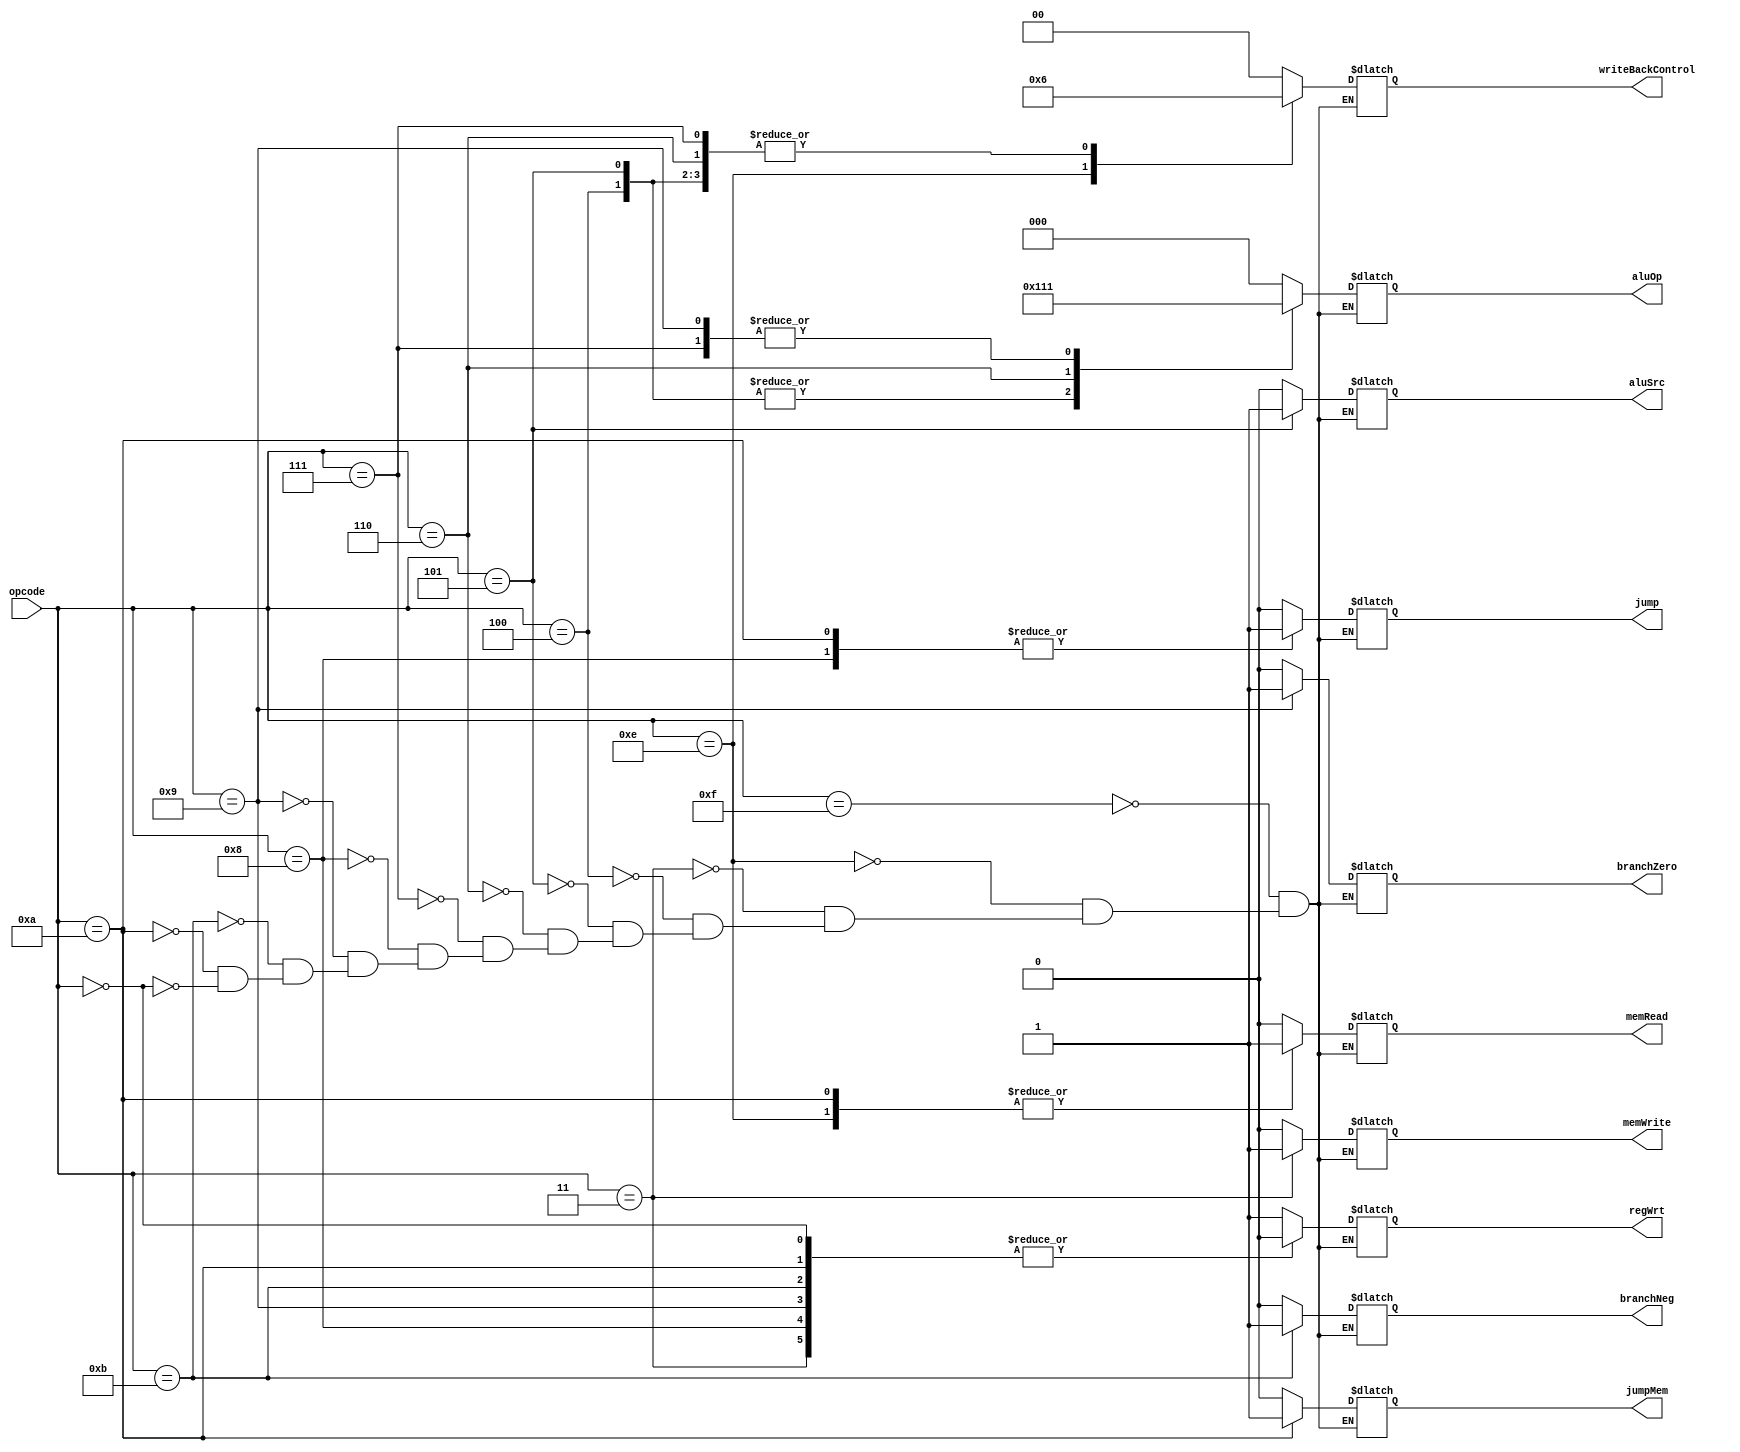
`timescale 1ns / 1ps
//////////////////////////////////////////////////////////////////////////////////
// Company: 
// Engineer: 
// 
// Design Name: 
// Module Name: control
// Project Name: 
// Target Devices: 
// Tool Versions: 
// Description: 
// 
// Dependencies: 
// 
// Revision:
// Revision 0.01 - File Created
// Additional Comments:
// 
//////////////////////////////////////////////////////////////////////////////////


module control(opcode, aluOp, memRead, memWrite, aluSrc, writeBackControl, regWrt, branchZero, branchNeg, jump, jumpMem);
input [3:0] opcode;
output reg [2:0] aluOp;
output reg [1:0] writeBackControl;
output reg memRead, memWrite, aluSrc, regWrt, branchZero, branchNeg, jump, jumpMem;

always@(opcode)
begin
    case(opcode)
        4'b1111: // save pc
            begin
            aluOp = 0;
            memRead = 0;
            memWrite = 0;
            aluSrc = 0;
            writeBackControl = 0;
            regWrt = 1;
            branchZero = 0;
            branchNeg = 0;
            jump = 0;
            jumpMem = 0;
            end
        4'b1110: // load
            begin
            aluOp = 0;
            memRead = 1;
            memWrite = 0;
            aluSrc = 0;
            writeBackControl = 2'b01;
            regWrt = 1;
            branchZero = 0;
            branchNeg = 0;
            jump = 0;
            jumpMem = 0;
            end
        4'b0011: // store
            begin
            aluOp = 0;
            memRead = 0;
            memWrite = 1;
            aluSrc = 0;
            writeBackControl = 0;
            regWrt = 0;
            branchZero = 0;
            branchNeg = 0;
            jump = 0;
            jumpMem = 0;
            end
        4'b0100: // add
            begin
            aluOp = 3'b100;
            memRead = 0;
            memWrite = 0;
            aluSrc = 0;
            writeBackControl = 2'b10;
            regWrt = 1;
            branchZero = 0;
            branchNeg = 0;
            jump = 0;
            jumpMem = 0;
            end
         4'b0101: // increment
            begin
            aluOp = 3'b100;
            memRead = 0;
            memWrite = 0;
            aluSrc = 1;
            writeBackControl = 2'b10;
            regWrt = 1;
            branchZero = 0;
            branchNeg = 0;
            jump = 0;
            jumpMem = 0;
            end
        4'b0110: // negate
            begin
            aluOp = 3'b010;
            memRead = 0;
            memWrite = 0;
            aluSrc = 0;
            writeBackControl = 2'b10;
            regWrt = 1;
            branchZero = 0;
            branchNeg = 0;
            jump = 0;
            jumpMem = 0;
            end
        4'b0111: // subtract
            begin
            aluOp = 3'b001;
            memRead = 0;
            memWrite = 0;
            aluSrc = 0;
            writeBackControl = 2'b10;
            regWrt = 1;
            branchZero = 0;
            branchNeg = 0;
            jump = 0;
            jumpMem = 0;
            end
        4'b1000: // jump
            begin
            aluOp = 0;
            memRead = 0;
            memWrite = 0;
            aluSrc = 0;
            writeBackControl = 0;
            regWrt = 0;
            branchZero = 0;
            branchNeg = 0;
            jump = 1;
            jumpMem = 0;
            end
        4'b1001: // branch if zero
            begin
            aluOp = 3'b001;
            memRead = 0;
            memWrite = 0;
            aluSrc = 0;
            writeBackControl = 0;
            regWrt = 0;
            branchZero = 1;
            branchNeg = 0;
            jump = 0;
            jumpMem = 0;
            end
            
         4'b1011: // branch if negative
            begin
            aluOp = 3'b000;
            memRead = 0;
            memWrite = 0;
            aluSrc = 0;
            writeBackControl = 0;
            regWrt = 0;
            branchZero = 0;
            branchNeg = 1;
            jump = 0;
            jumpMem = 0;
            end
         4'b1010: // jump mem
            begin
            aluOp = 0;
            memRead = 1;
            memWrite = 0;
            aluSrc = 0;
            writeBackControl = 0;
            regWrt = 0;
            branchZero = 0;
            branchNeg = 0;
            jump = 1;
            jumpMem = 1;
            end
         4'b0000: // noop
            begin
            aluOp = 0;
            memRead = 0;
            memWrite = 0;
            aluSrc = 0;
            writeBackControl = 0;
            regWrt = 0;
            branchZero = 0;
            branchNeg = 0;
            jump = 0;
            jumpMem = 0;
            end                                                                      
    endcase

end
endmodule